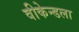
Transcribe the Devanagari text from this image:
वीकेन्डला